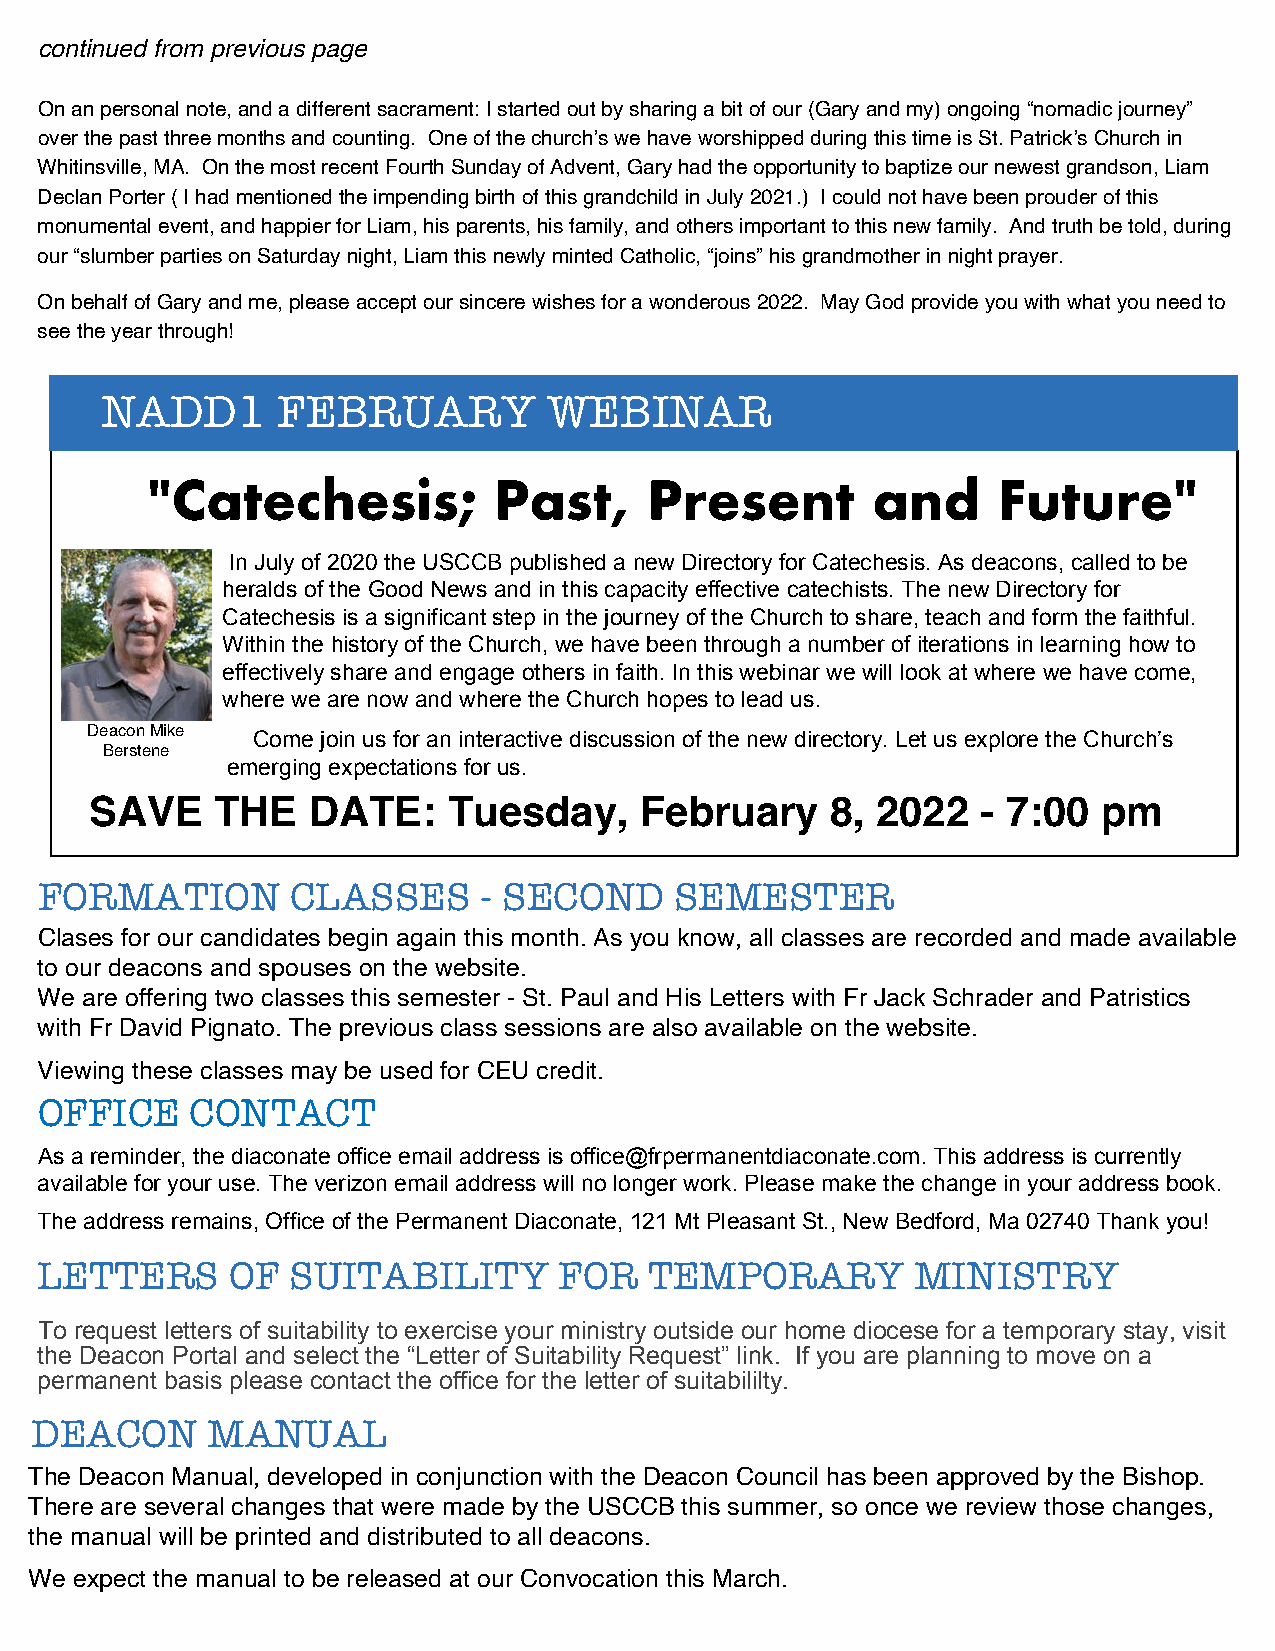
continued from previous page
 Onanpersonalnote,andadifferentsacrament:Istartedoutbysharingabitofour(Garyandmy)ongoing“nomadicjourney”
 overthepastthreemonthsandcounting. Oneofthechurch’swehaveworshippedduringthistimeisSt.Patrick’sChurchin
 Whitinsville,MA. OnthemostrecentFourthSundayofAdvent,Garyhadtheopportunitytobaptizeournewestgrandson,Liam
 DeclanPorter(IhadmentionedtheimpendingbirthofthisgrandchildinJuly2021.) Icouldnothavebeenprouderofthis
 monumentalevent,andhappierforLiam,hisparents,hisfamily,andothersimportanttothisnewfamily. Andtruthbetold,during
 our“slumberpartiesonSaturdaynight,LiamthisnewlymintedCatholic,“joins”hisgrandmotherinnightprayer.
 OnbehalfofGaryandme,pleaseacceptoursincerewishesforawonderous2022. MayGodprovideyouwithwhatyouneedto
 seetheyearthrough!
 NADD1      FEBRUARY          WEBINAR
 "Catechesis;           Past,     Present        and     Future"
 In July of 2020 the USCCB published a new Directory for Catechesis. As deacons, called to be
 heralds of the Good News and in this capacity effective catechists. The new Directory for
 Catechesis is a significant step in the journey of the Church to share, teach and form the faithful.
 Within the history of the Church, we have been through a number of iterations in learning how to
 effectively share and engage others in faith. In this webinar we will look at where we have come,
 where we are now and where the Church hopes to lead us.
 DeaconMike Come join us for an interactive discussion of the new directory. Let us explore the Church’s
 Berstene
 emerging expectations for us.
 SAVE    THE   DATE:     Tuesday,    February     8, 2022   - 7:00  pm
 FORMATION        CLASSES      - SECOND     SEMESTER
 Clases for our candidates begin again this month. As you know, all classes are recorded and made available
 to our deacons and spouses on the website.
 We are offering two classes this semester - St. Paul and His Letters with Fr Jack Schrader and Patristics
 with Fr David Pignato. The previous class sessions are also available on the website.
 Viewing these classes may be used for CEU credit.
 OFFICE     CONTACT
 As a reminder, the diaconate office email address is office@frpermanentdiaconate.com. This address is currently
 available for your use. The verizon email address will no longer work. Please make the change in your address book.
 The address remains, Office of the Permanent Diaconate, 121 Mt Pleasant St., New Bedford, Ma 02740 Thank you!
 LETTERS      OF  SUITABILITY       FOR   TEMPORARY         MINISTRY
 To request letters of suitability to exercise your ministry outside our home diocese for a temporary stay, visit
 the Deacon Portal and select the “Letter of Suitability Request” link. If you are planning to move on a
 permanent basis please contact the office for the letter of suitabililty.
 DEACON      MANUAL
 The Deacon Manual, developed in conjunction with the Deacon Council has been approved by the Bishop.
 There are several changes that were made by the USCCB this summer, so once we review those changes,
 the manual will be printed and distributed to all deacons.
 We expect the manual to be released at our Convocation this March.